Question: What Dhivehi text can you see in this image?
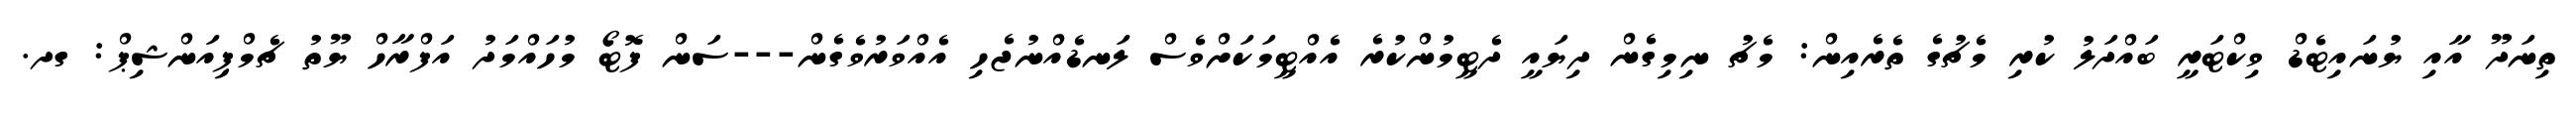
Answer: ތިނަދޫ އާއި ޔުނައިޓެޑް ވިކްޓަރީ ބައްދަލު ކުރި މެޗުގެ ތެރެއިން: މެޗު ނިމިގެން ދިޔައީ ދެޓީމުންކުރެ އެއްޓީމަކަށްވެސް ލަނޑެއްނުޖެހި އެއްވަރުވެގެން---ސަން ފޮޓޯ މުހައްމަދު އަފްރާހް ޔޫތު ޗެމްޕިއަންޝިޕް: ގދ.